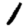
Digit: 1